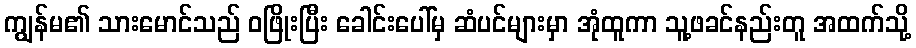
ကျွန်မ၏ သားမောင်သည် ဝဖြိုးပြီး ခေါင်းပေါ်မှ ဆံပင်များမှာ အုံထူကာ သူ့ဖခင်နည်းတူ အထက်သို့